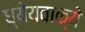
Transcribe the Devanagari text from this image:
ध्येयवाक्ये